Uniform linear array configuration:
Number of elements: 16
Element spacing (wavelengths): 0.5
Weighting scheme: uniform
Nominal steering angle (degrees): -60
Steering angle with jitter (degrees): -60.36
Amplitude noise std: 0.05
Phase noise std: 0.05

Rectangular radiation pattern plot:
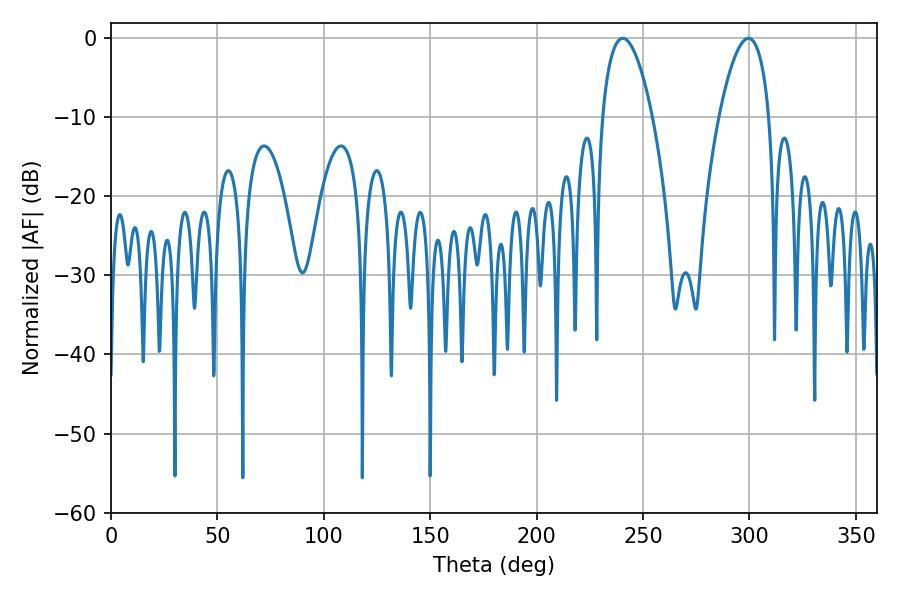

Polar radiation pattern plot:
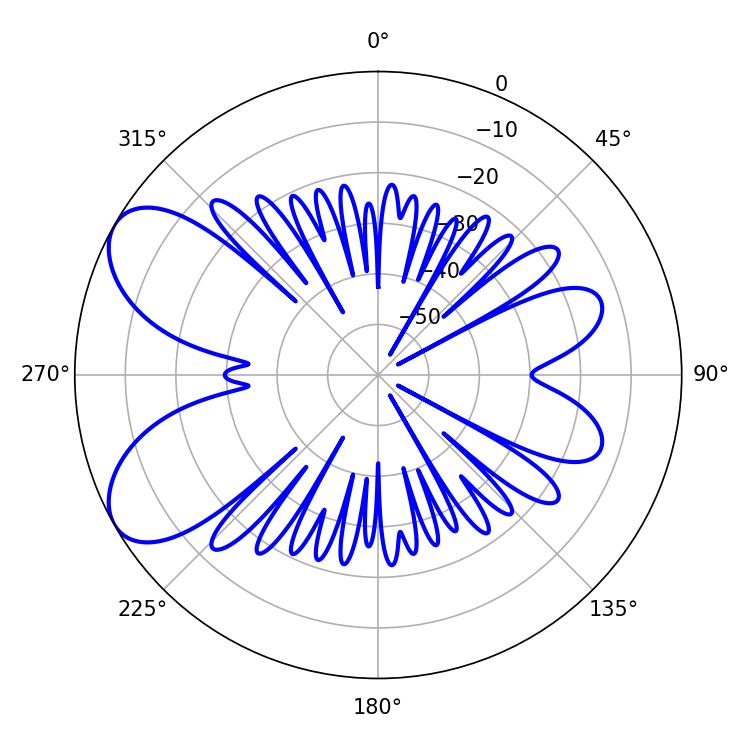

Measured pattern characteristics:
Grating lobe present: FALSE
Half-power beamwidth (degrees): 13.14
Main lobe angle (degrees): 240.48